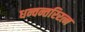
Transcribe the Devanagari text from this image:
धन्वन्तरिरत्न